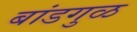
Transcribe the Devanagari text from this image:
बांडगुळ